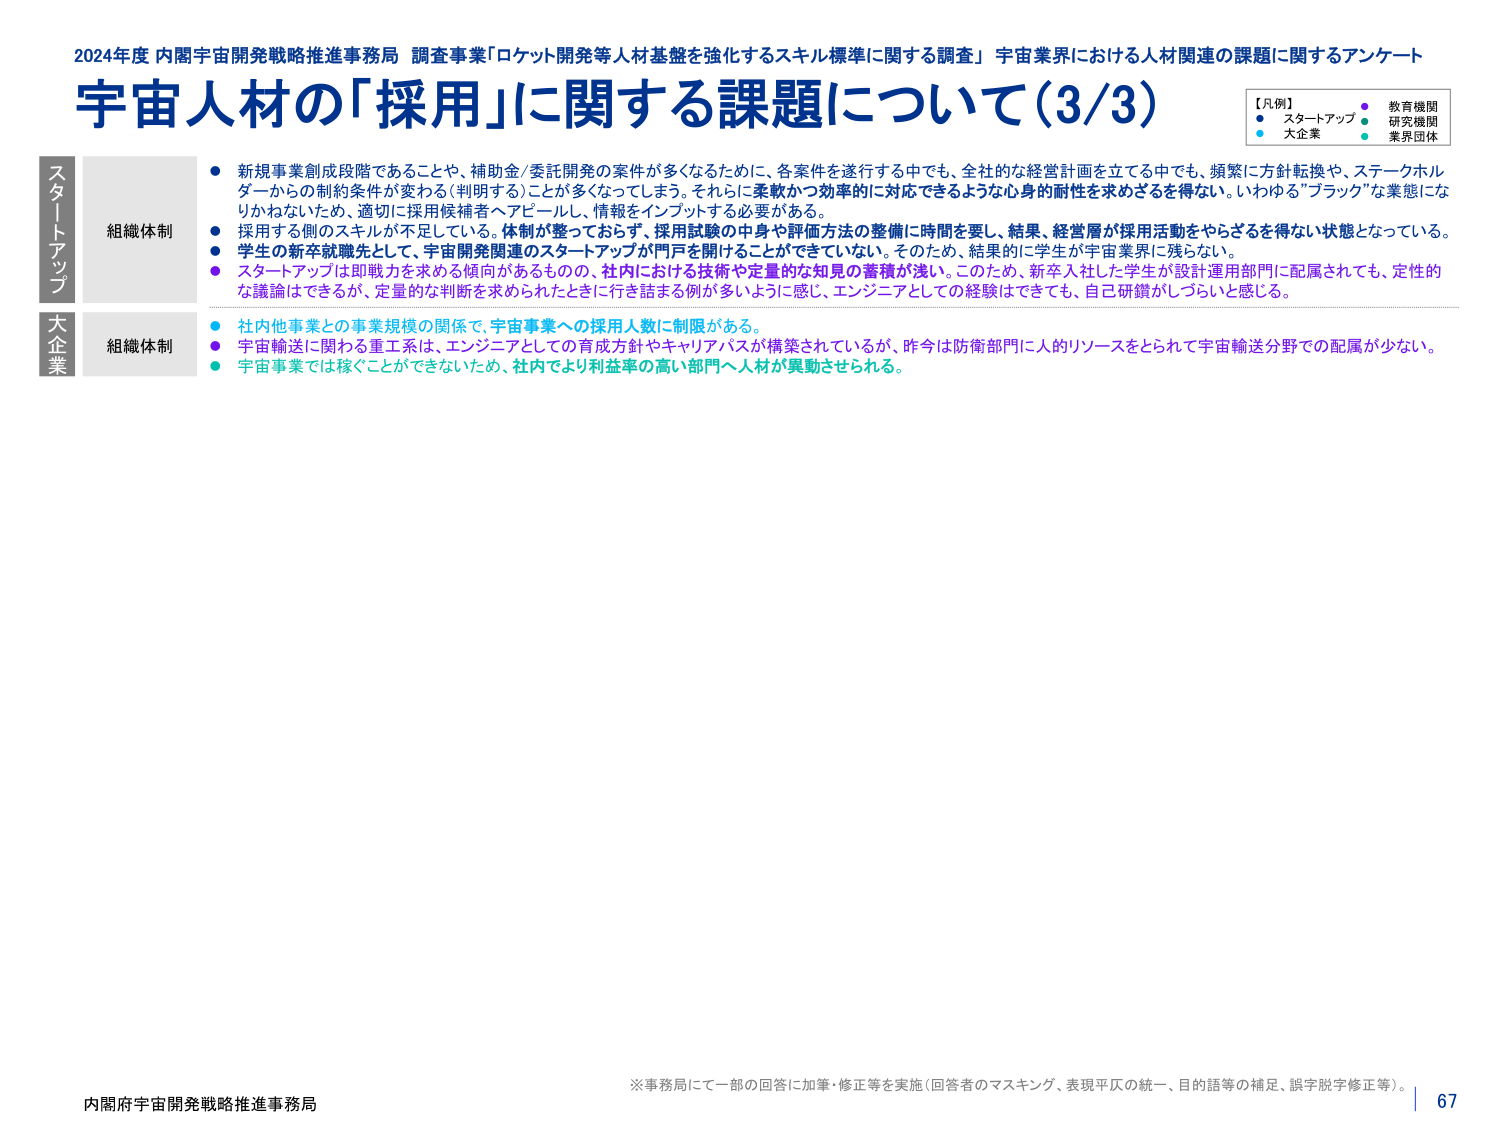
2024年度 内閣宇宙開発戦略推進事務局 調査事業「ロケット開発等人材基盤を強化するスキル標準に関する調査」 宇宙業界における人材関連の課題に関するアンケート
宇宙人材の「採用」に関する課題について（3/3）

【凡例】
● スタートアップ
● 教育機関
● 研究機関
● 大企業
● 業界団体

スタートアップ
組織体制
● 新規事業創成段階であることや、補助金/委託開発の案件が多くなるために、各案件を遂行する中でも、全社的な経営計画を立てる中でも、頻繁に方針転換や、ステークホルダーからの制約条件が変わる（判明する）ことが多くなってしまう。それらに柔軟かつ効率的に対応できるような心身的耐性を求めざるを得ない。いわゆる”ブラック”な業態になりかねないため、適切に採用候補者へアピールし、情報をインプットする必要がある。
● 採用する側のスキルが不足している。体制が整っておらず、採用試験の中身や評価方法の整備に時間を要し、結果、経営層が採用活動をやらざるを得ない状態となっている。
● 学生の新卒就職先として、宇宙開発関連のスタートアップが門戸を開けることができていない。そのため、結果的に学生が宇宙業界に残らない。
● スタートアップは即戦力を求める傾向があるものの、社内における技術や定量的な知見の蓄積が浅い。このため、新卒入社した学生が設計運用部門に配属されても、定性的な議論はできるが、定量的な判断を求められたときに行き詰まる例が多いように感じ、エンジニアとしての経験はできても、自己研鑽がしづらいと感じる。

大企業
組織体制
● 社内他事業との事業規模の関係で、宇宙事業への採用人数に制限がある。
● 宇宙輸送に関わる重工系は、エンジニアとしての育成方針やキャリアパスが構築されているが、昨今は防衛部門に人的リソースをとられて宇宙輸送分野での配属が少ない。
● 宇宙事業では稼ぐことができないため、社内でより利益率の高い部門へ人材が異動させられる。

※事務局にて一部の回答に加筆・修正等を実施（回答者のマスキング、表現平仄の統一、目的語等の補足、誤字脱字修正等）。
内閣府宇宙開発戦略推進事務局
67